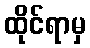
ထိုင်ရာမှ